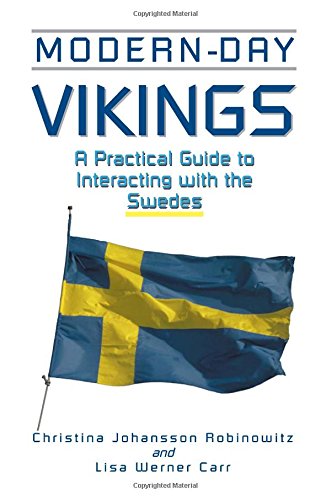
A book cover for Modern-Day Vikings: A Pracical Guide to Interacting with the Swedes (Interact Series); Christina  Johansson Robinowitz; History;